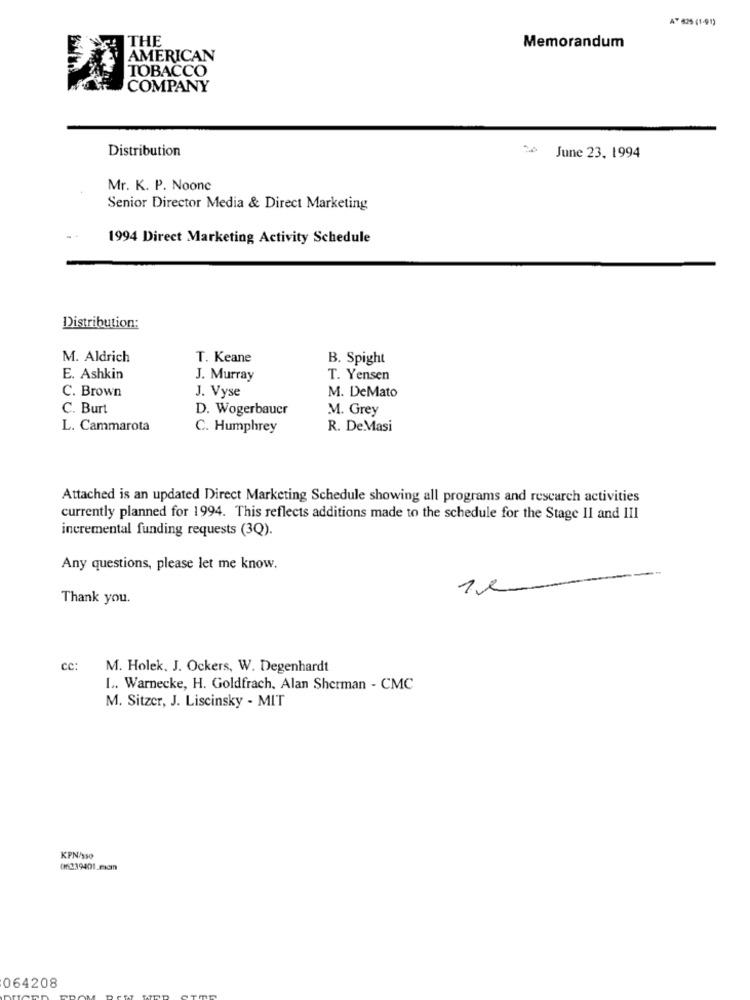
AT 825 (1-91)
THE
Memorandum
AMERICAN
TOBACCO
COMPANY
Distribution
June 23. 1994
Mr. K. P. Noone
Senior Director Media & Direct Marketing
1994 Direct Marketing Activity Schedule
Distribution:
M. Aldrich
T. Keane
B. Spight
E. Ashkin
J. Murray
T. Yensen
C. Brown
J. Vyse
M. DeMato
C. Burt
D. Wogerbauer
M. Grey
L. Cammarota
C. Humphrey
R. De Masi
Attached is an updated Direct Marketing Schedule showing all programs and research activities
currently planned for 1994. This reflects additions made to the schedule for the Stage II and III
incremental funding requests (3Q).
Any questions, please let me know.
1e-
Thank you.
cc:
M. Holek, J. Ockers, W. Degenhardt
L. Warnecke, H. Goldfrach, Alan Sherman - CMC
M. Sitzer, J. Liscinsky - MIT
KPN/350
064208